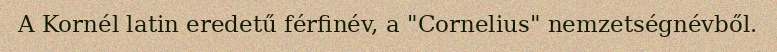
A Kornél latin eredetű férfinév, a "Cornelius" nemzetségnévből.